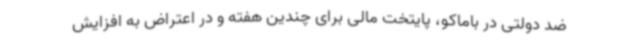
ضد دولتی در باماکو، پایتخت مالی برای چندین هفته و در اعتراض به افزایش